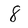
Character: 8